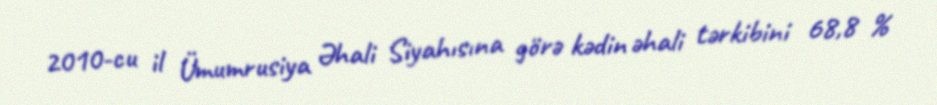
2010-cu il Ümumrusiya Əhali Siyahısına görə kədin əhali tərkibini 68,8 %